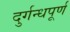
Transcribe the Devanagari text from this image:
दुर्गन्धपूर्ण